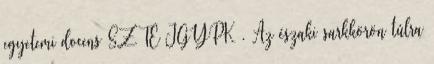
egyetemi docens SZTE JGYPK . Az északi sarkkörön túlra